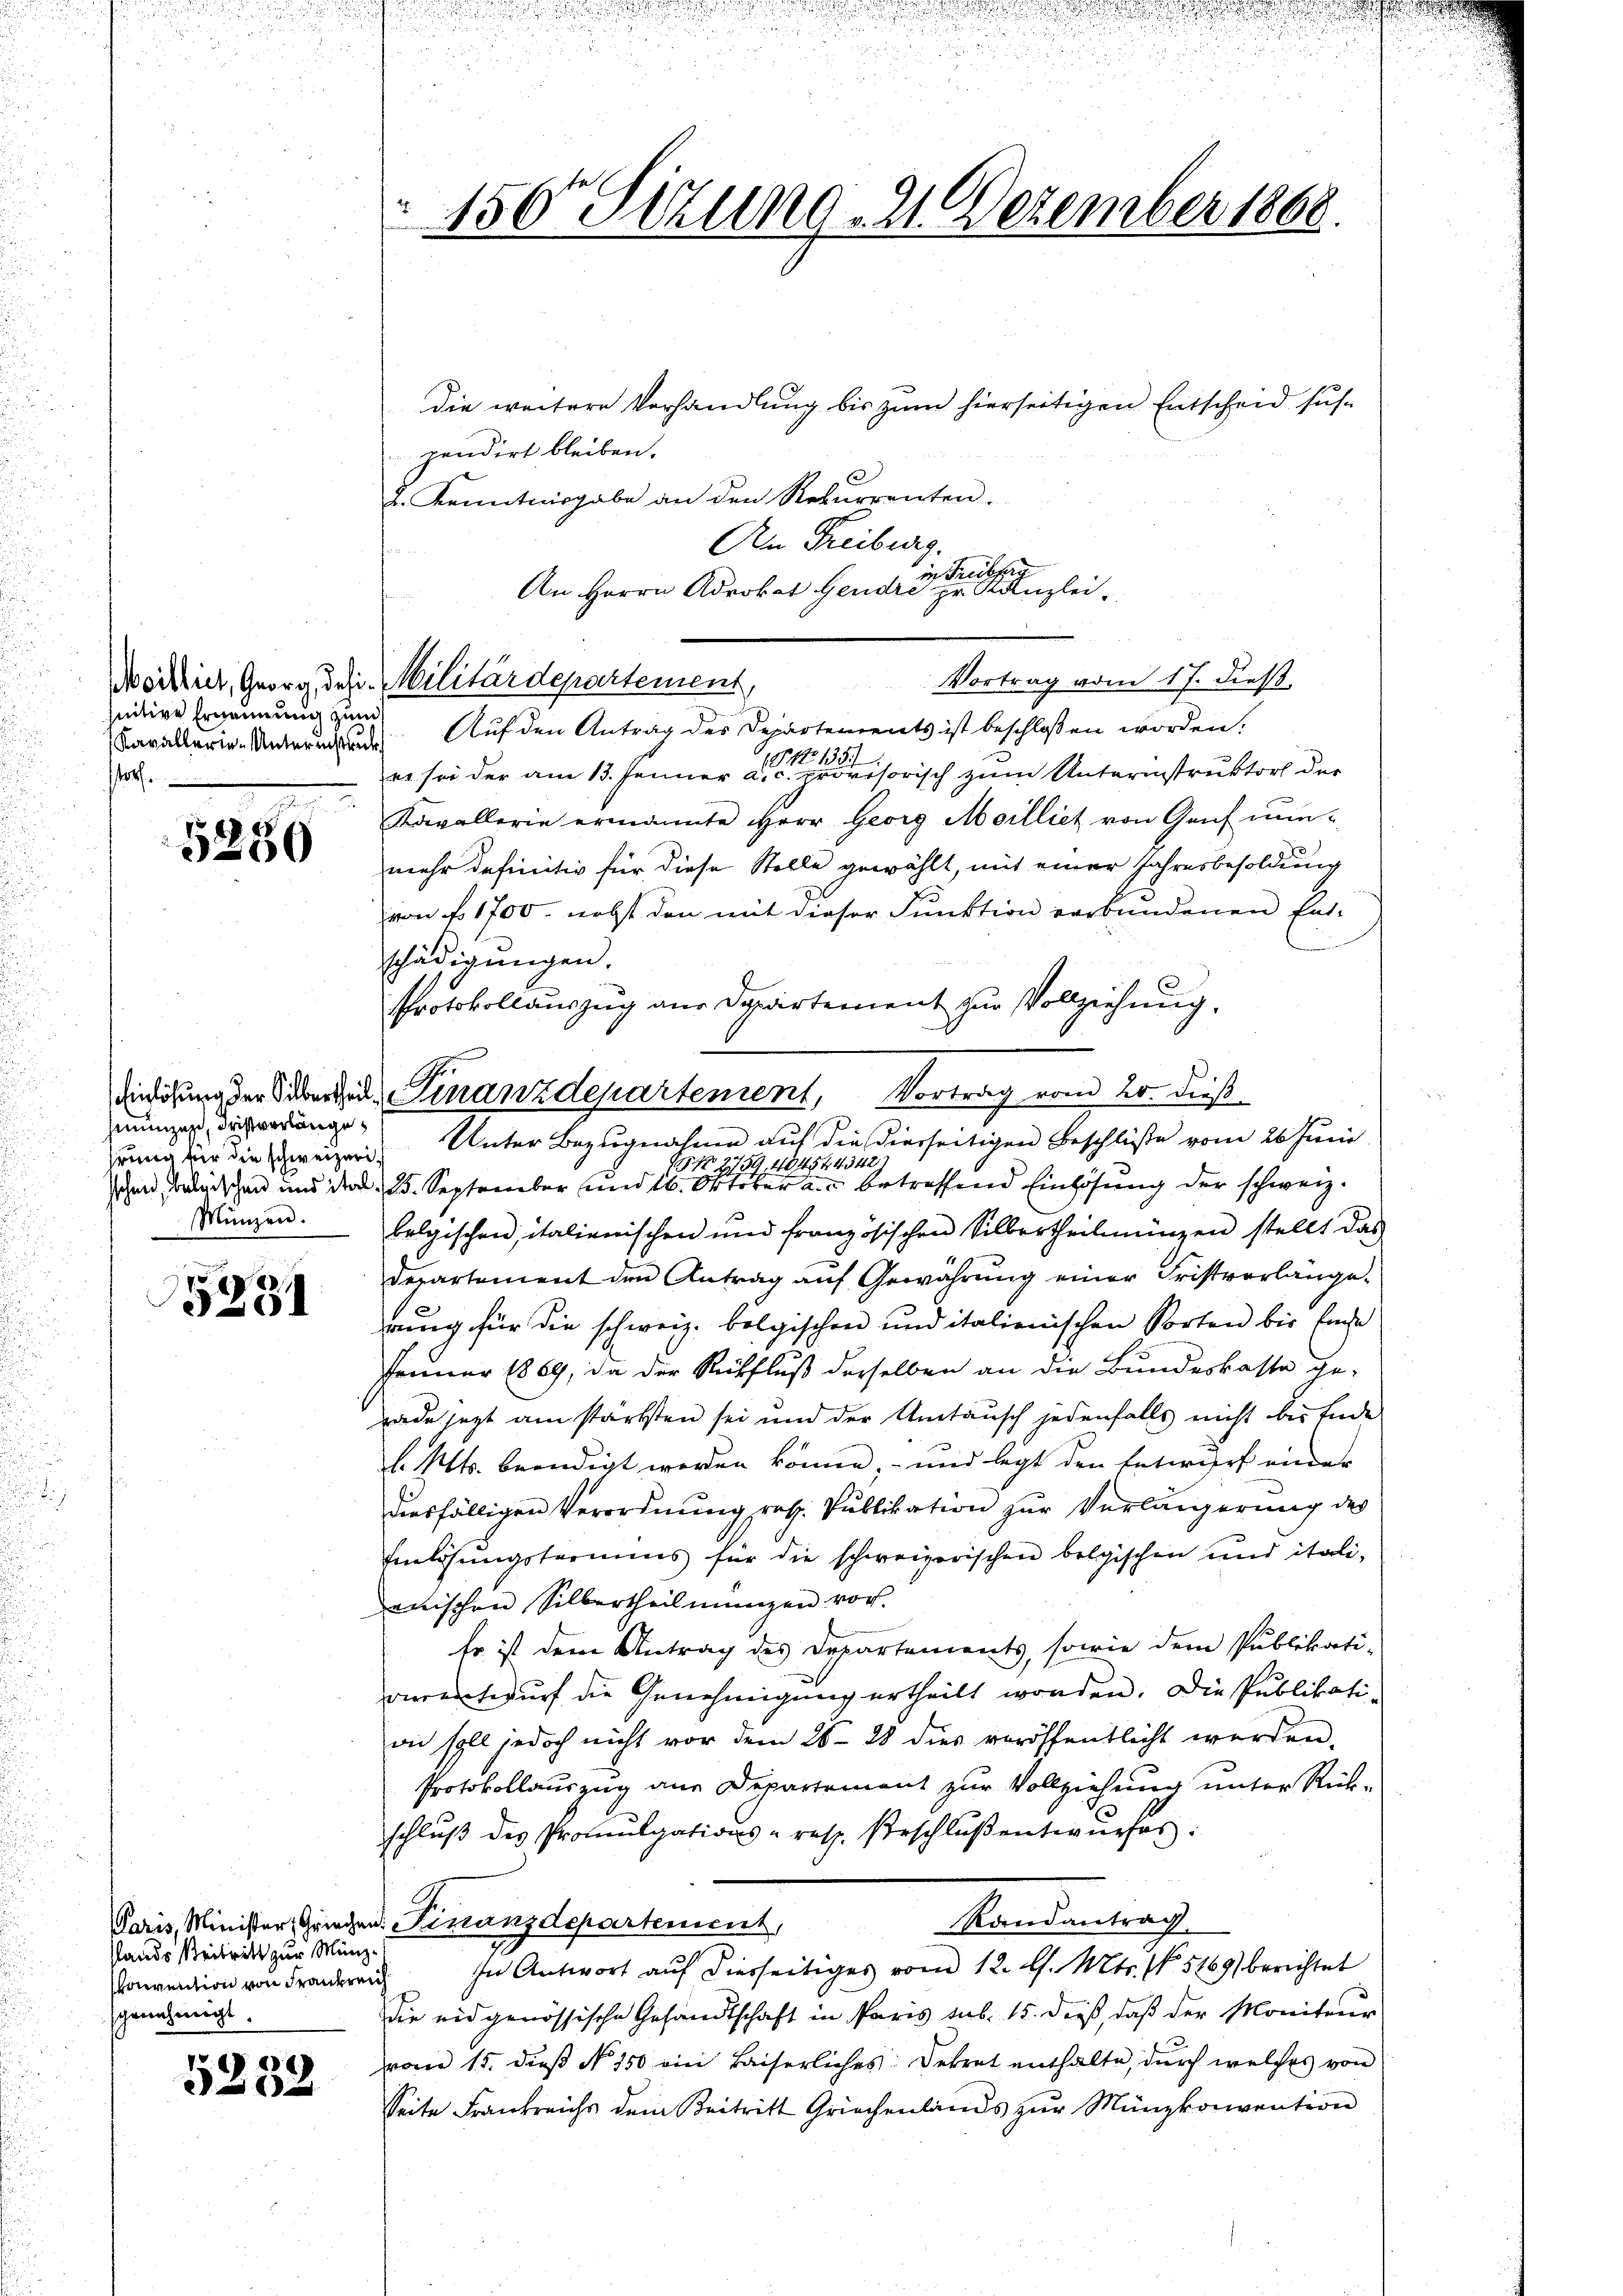
nitive Ernennung zum
Kavallerie-Unterinstruck
sstof

5230

munzen, Fristvorlänge
hrung für die schweizeri
Münzen.

75
5231

Paris, Minister, Grieche
stands Reitritt zur Münhonvention von Franken
schenehmigt.

0
e

150te Sitzung 21. Dezember 1868.

die weitere Vorhandlung bis zum hierseitigen Entscheid suchpendirt bleiben.
2
J. Kenntnisgabe an den Rekurrenten.
An Freiburg.
in Freiburg
An Herrn Adrokat Gendre pr. Kanzlei.
Vortrag vom 17. dieß
Auf den Antrag des Departements ist beschlossen worden.
er sei der am 13. Jenner aus disorisch zum Unternstruktor der
Kavallerie ermannte Herr Georg Meilliet von Genf nunmehr definitiv für diese Stelle gewählt, mit einer Jahresbesoldung
von f. 1700. nebst den mit dieser Funktion verbundenen Ent-
schädigungen.
Protokollauszug aus Departement zur Vollziehung.
Aiedigung der Sibende Finanzdepartement, Vortrag vom 20. dieß
Unter Bezugnahme auf die dierseitigen Beschlüße vom 26 Juni
1512 1759, 40454. 4342)
schen, betrischen und da d. 25. September und 16. Oktober an betreffend Einhöhung der schweiz.
belgischen, italienischen und französischen Silbertheilungen stellt das
Derartement den Antrag auf Gewährung einer Fristvorlänge
rung für die schweiz. bolgischen und italienischen Sorten bis fache
Jenner 1869, da der Rückfluß derselben an die Bundeskassa ge-
rade setzt am stärksten sei und der Umtausch jedenfalls nicht bis Ende
l. Mts. beendigt werden könne, und legt den Entwurf einer
diesfälligen Verordnung resp. Publikation zur Verlängerung des
Einlösungsformens für die schweizerischen belgischen und italianischen Silbertheil mangen vor.
Er ist dem Antrag des Departements, sowie dem Publikati-
verrentwurf die Genehmigung ertheilt worden. Die Publikati-
on soll jedoch nicht vor dem 26. 28 dies veröffentlicht werden.
Protokollauszug ane Departement zur Vollziehung unter Rück-
schlŭβ des Promulgations- resp. Beschlŭβ entwŭrfes:
Randantrag.
w. Finanzdepartement,
In Antwort auf diesseitiges vom 12. l. Mts. No 5169) berichtet
u
die eidgenössische Gesandtschaft in Paris sub. 15. dieβ, daβ der Moniteŭr
vom 15. dieß No 150 ein Kaiserliches Dekret enthalte, durch welches von
Seite Frankreichs dem Beitritt Griechenlands zur Münzkonvention

Woikier, Georg, das Militärdepartement,